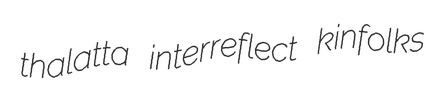
thalatta interreflect kinfolks